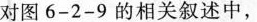
对图6-2-9的相关叙述中，